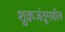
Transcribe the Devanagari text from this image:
शुक्रजंतूमधील